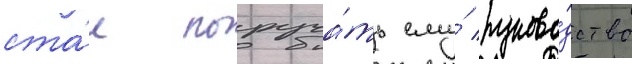
ста́л поруча́ть ему́ руково́дство